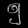
Digit: ၅